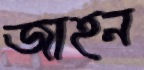
জাহন